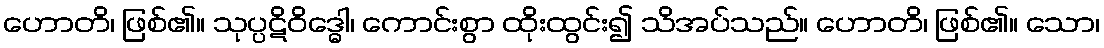
ဟောတိ၊ ဖြစ်၏။ သုပ္ပဋိဝိဒ္ဓေါ၊ ကောင်းစွာ ထိုးထွင်း၍ သိအပ်သည်။ ဟောတိ၊ ဖြစ်၏။ သော၊